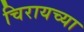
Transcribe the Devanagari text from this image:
चिरायच्या